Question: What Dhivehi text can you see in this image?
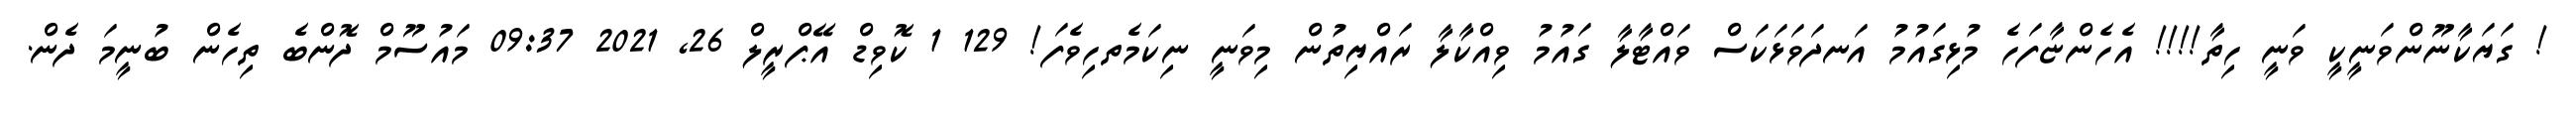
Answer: ! ގަޔަކާނޫންވަނީކީ ވަނީ ހިތާ!!!! އެހެންޏާފަހެ މުޅިގައުމު އަނދަވަޅަކަސް ވައްޓާލާ ގައުމު ވިއްކާލާ ރައްޔިތުން މިވަނީ ނިކަމެތހިވެފަ! 129 1 ކޮވިޑް އޭޕްރީލް 26, 2021 09:37 މައުސޫމް ދޮންބެ ތިހެން ބުނީމަ ދެން.